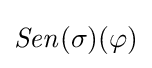
{\mathit {Sen}}(\sigma )(\varphi )